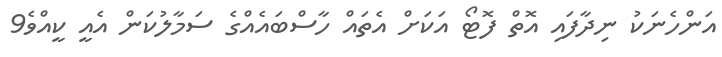
އަންހެނަކު ނިދާފައި އޮތް ފޮޓޯ އަކަށް އެތައް ހާސްބައެއްގެ ސަމާލުކަން އެއީ ކީއްވެ9